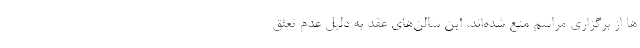
ها از برگزاری مراسم منع شده‌اند، این سالن‌های عقد به دلیل عدم تعلق